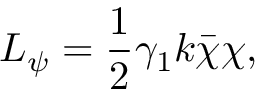
{ \cal L } _ { \psi } = \frac { 1 } { 2 } \gamma _ { 1 } k \bar { \chi } \chi ,